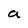
Character: a